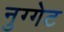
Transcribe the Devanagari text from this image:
नुग्गेट